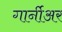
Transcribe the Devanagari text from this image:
गार्नीअर